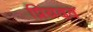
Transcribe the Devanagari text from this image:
प्रियदव